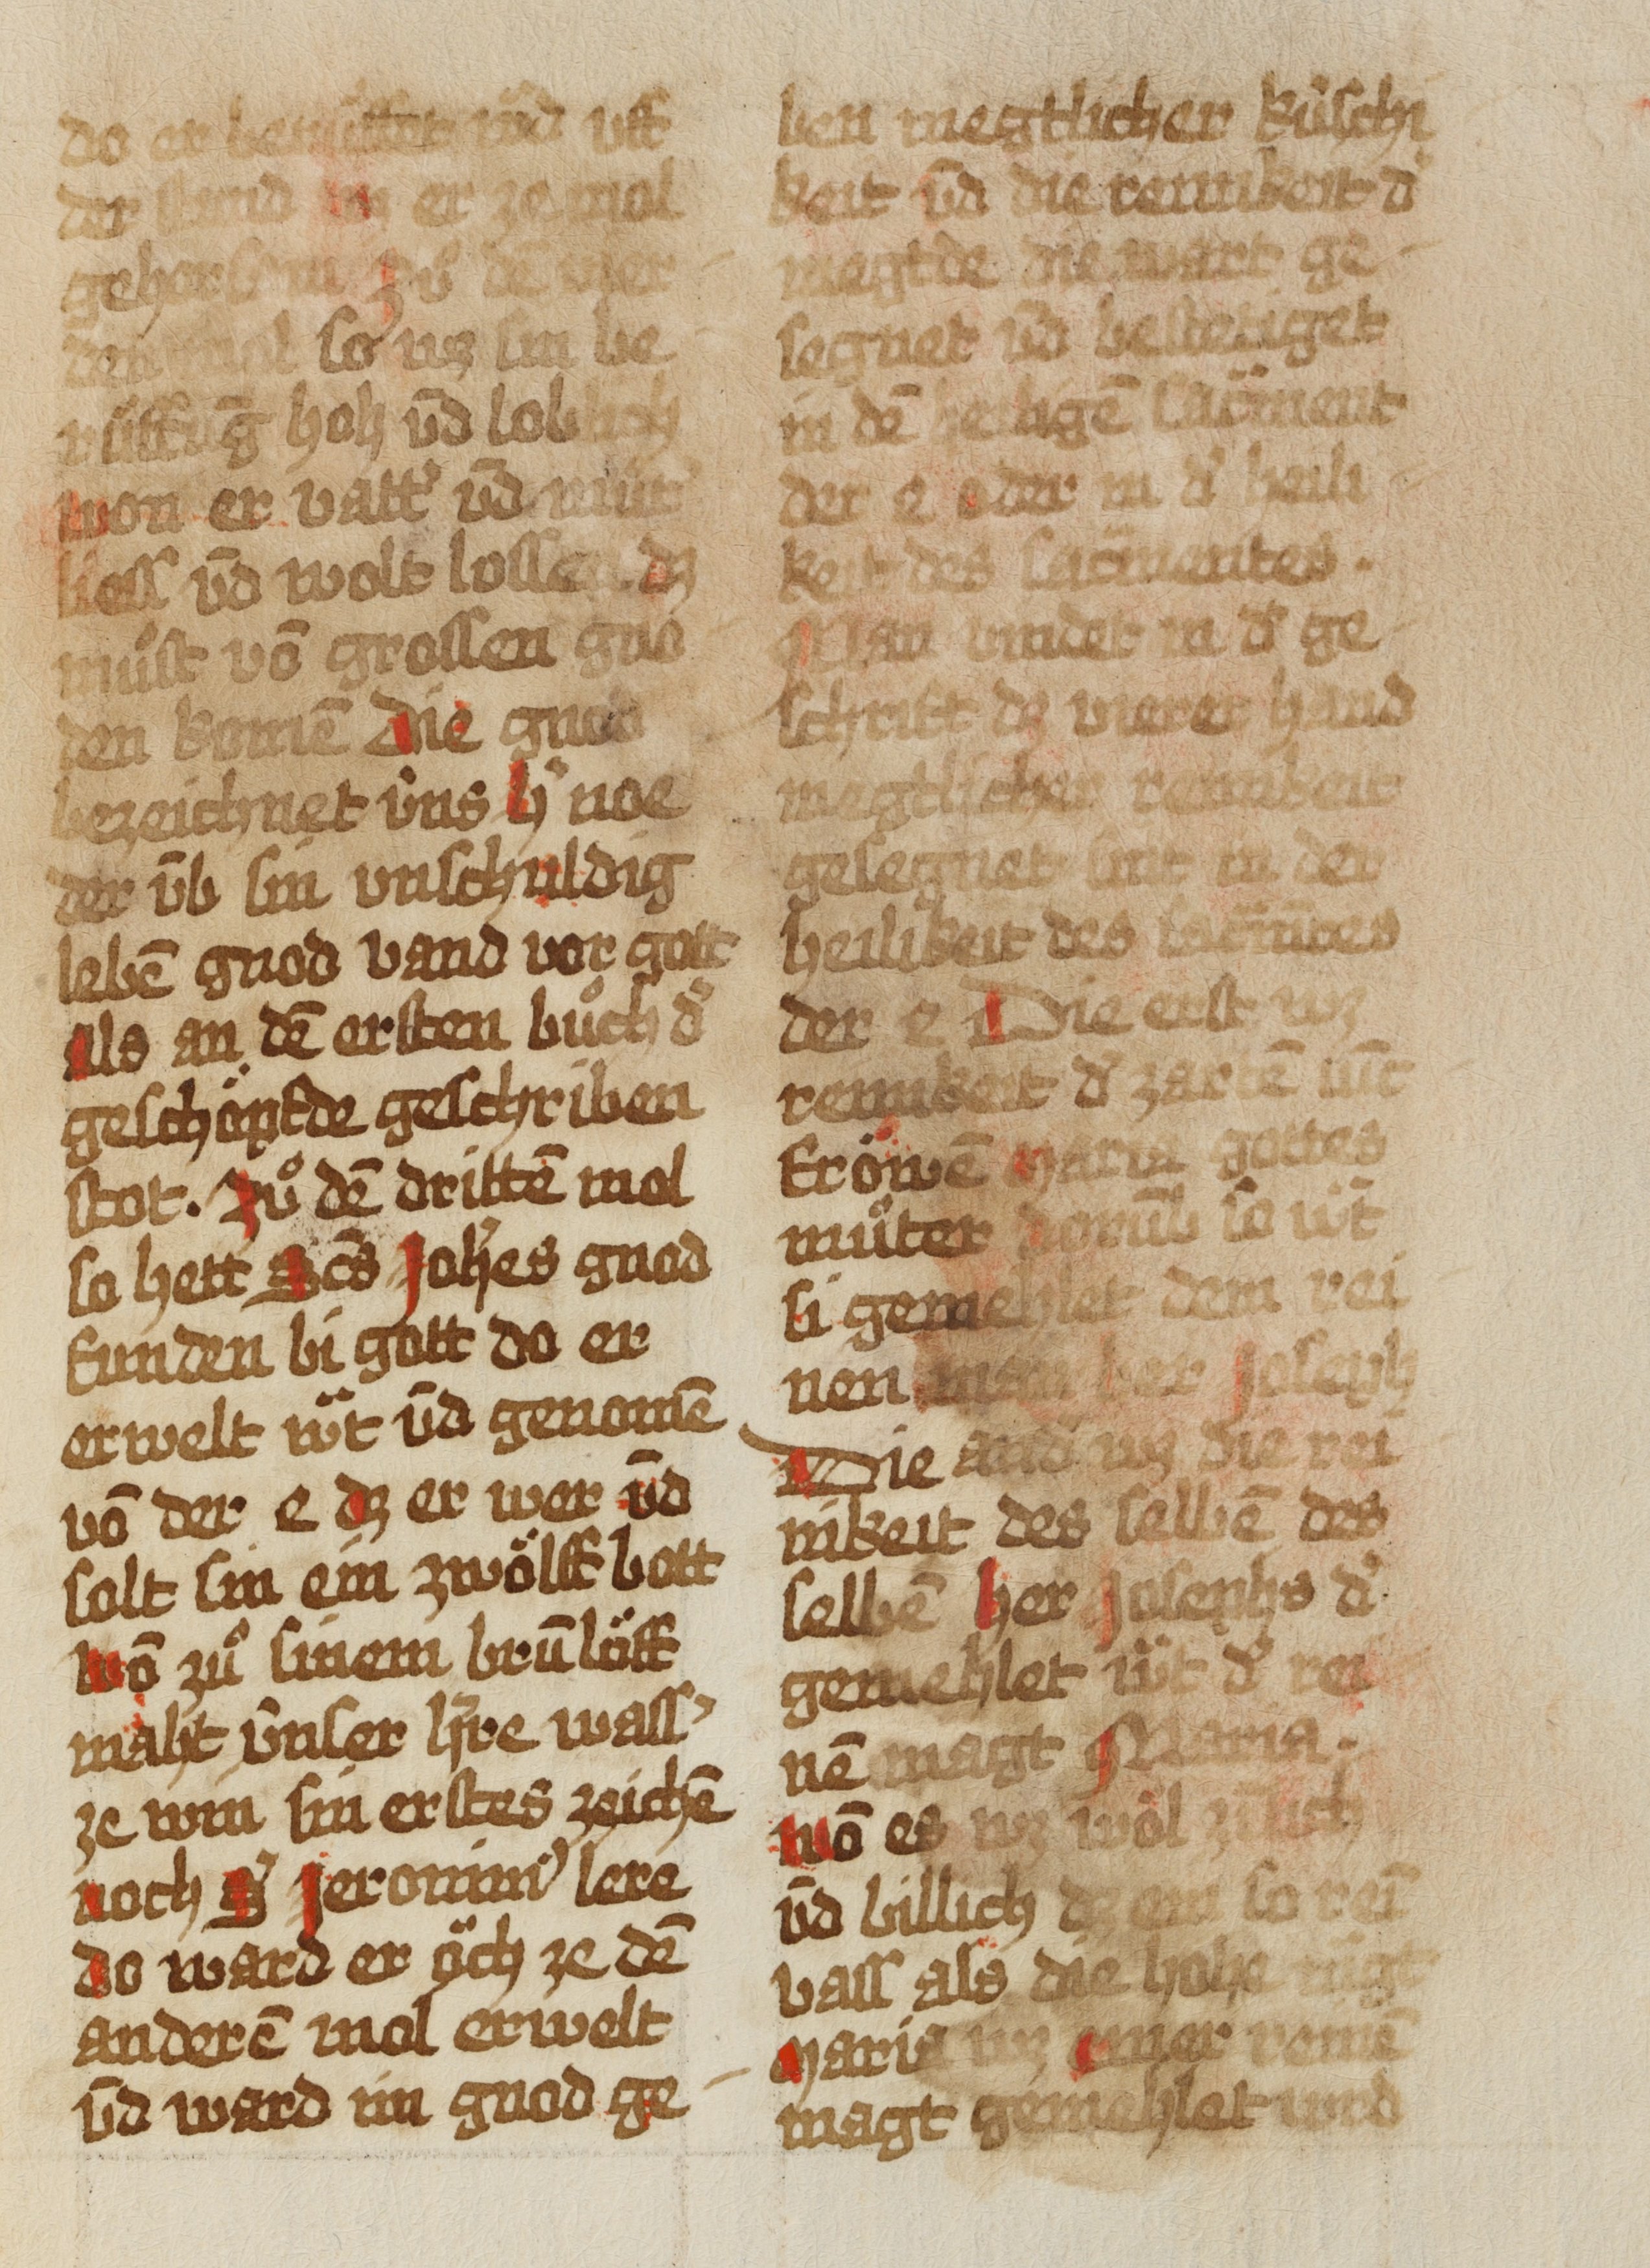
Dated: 1493–1493